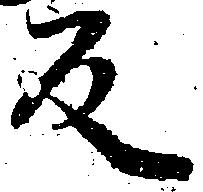
反